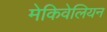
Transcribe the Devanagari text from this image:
मेकिवेलियन